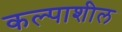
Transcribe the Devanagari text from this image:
कल्पाशील